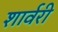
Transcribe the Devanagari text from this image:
शार्वरी